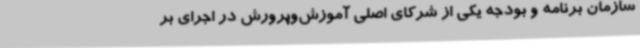
سازمان برنامه ‌و بودجه یکی از شرکای اصلی آموزش‌وپرورش در اجرای بر